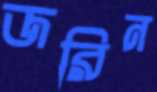
জরিন